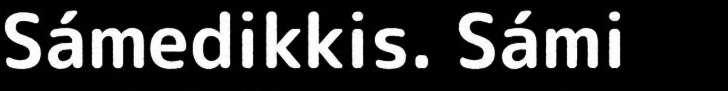
Sámedikkis. Sámi